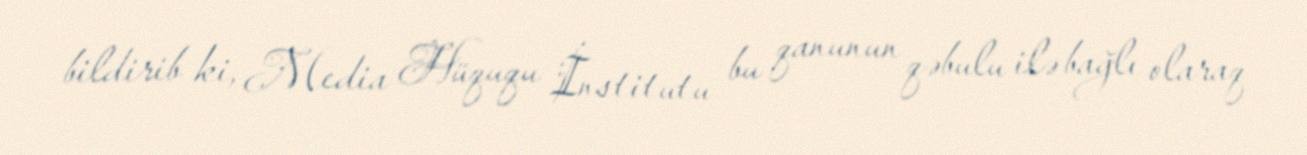
bildirib ki, Media Hüququ İnstitutu bu qanunun qəbulu ilə bağlı olaraq